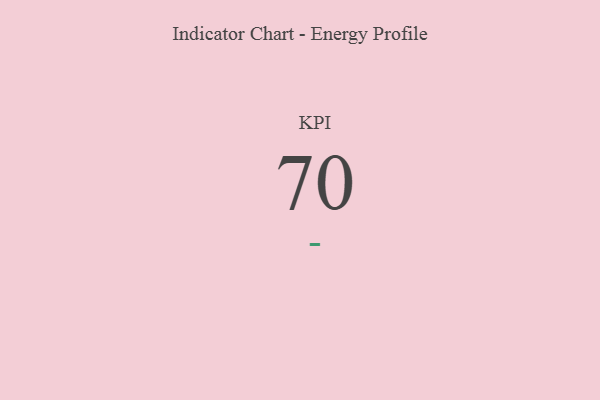
{"axis": {"x": "KPI", "y": "Value"}, "legend": [""], "data": [{"x": "KPI", "y": 70, "type": ""}]}